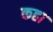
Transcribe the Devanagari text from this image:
कहा